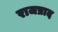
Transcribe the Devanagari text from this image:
राजप्राद